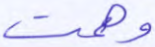
وهمت